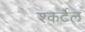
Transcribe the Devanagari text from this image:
श्कर्टेल